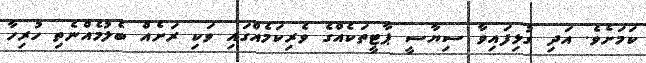
ކަމަށެވެ. އަދި ގުޅިފައިވާ ސިޔާސީ ޕާޓީތަކެއްގެ ވެރިކަމެއްގައި ވަކި ރަށެއް ބެލުމެއްނެތި ހުރިހާ